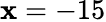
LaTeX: \mathbf{x}=-15